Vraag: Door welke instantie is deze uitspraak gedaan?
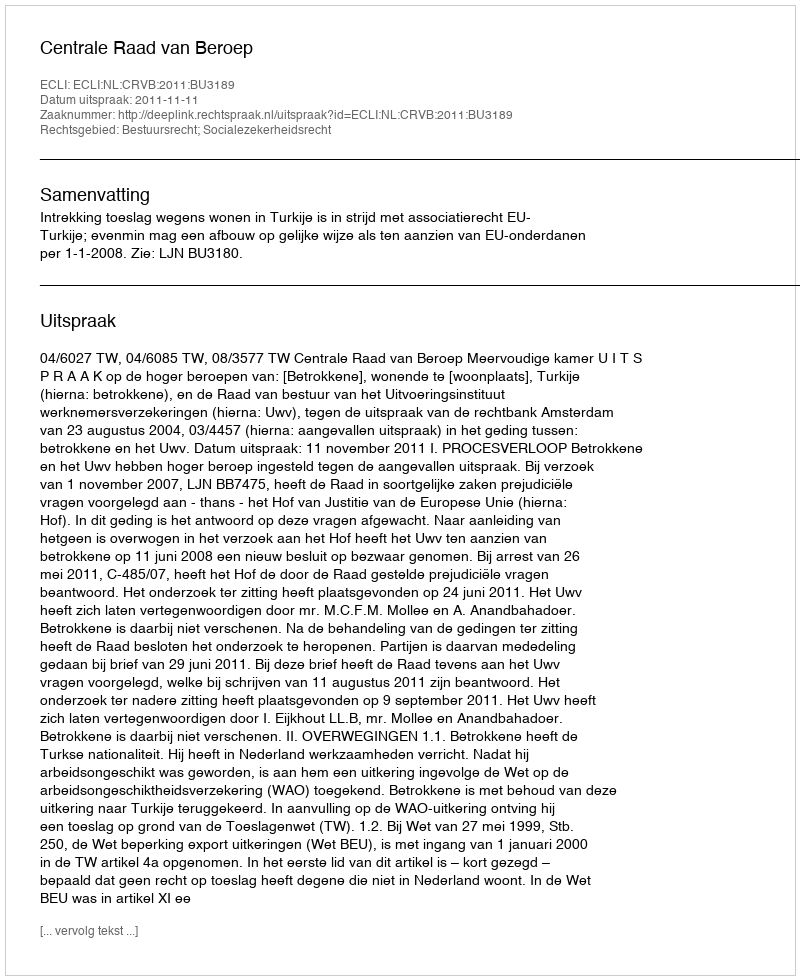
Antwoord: Centrale Raad van Beroep